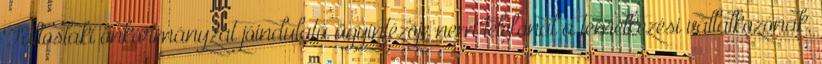
Táltoslaki önkormányzat jóindulatú ügyintézõje nem telefonál a temetkezési vállalkozónak,